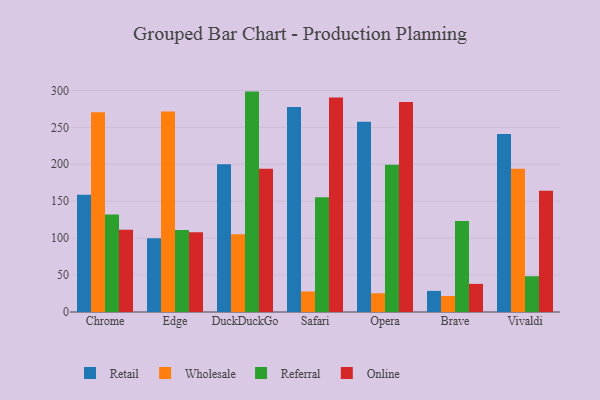
{"axis": {"x": "Browser", "y": "Temperature (°C)"}, "legend": ["Online", "Referral", "Retail", "Wholesale"], "data": [{"x": "Chrome", "y": 158.6, "type": "Retail"}, {"x": "Chrome", "y": 270.4, "type": "Wholesale"}, {"x": "Chrome", "y": 131.9, "type": "Referral"}, {"x": "Chrome", "y": 111.5, "type": "Online"}, {"x": "Edge", "y": 100.0, "type": "Retail"}, {"x": "Edge", "y": 271.3, "type": "Wholesale"}, {"x": "Edge", "y": 111.0, "type": "Referral"}, {"x": "Edge", "y": 107.9, "type": "Online"}, {"x": "DuckDuckGo", "y": 200.0, "type": "Retail"}, {"x": "DuckDuckGo", "y": 105.1, "type": "Wholesale"}, {"x": "DuckDuckGo", "y": 298.4, "type": "Referral"}, {"x": "DuckDuckGo", "y": 193.9, "type": "Online"}, {"x": "Safari", "y": 277.6, "type": "Retail"}, {"x": "Safari", "y": 27.8, "type": "Wholesale"}, {"x": "Safari", "y": 155.3, "type": "Referral"}, {"x": "Safari", "y": 290.4, "type": "Online"}, {"x": "Opera", "y": 257.6, "type": "Retail"}, {"x": "Opera", "y": 25.4, "type": "Wholesale"}, {"x": "Opera", "y": 199.3, "type": "Referral"}, {"x": "Opera", "y": 284.2, "type": "Online"}, {"x": "Brave", "y": 28.6, "type": "Retail"}, {"x": "Brave", "y": 21.7, "type": "Wholesale"}, {"x": "Brave", "y": 123.3, "type": "Referral"}, {"x": "Brave", "y": 38.1, "type": "Online"}, {"x": "Vivaldi", "y": 240.9, "type": "Retail"}, {"x": "Vivaldi", "y": 194.1, "type": "Wholesale"}, {"x": "Vivaldi", "y": 48.4, "type": "Referral"}, {"x": "Vivaldi", "y": 164.2, "type": "Online"}]}